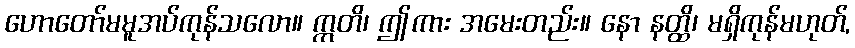
ဟောတော်မမူအပ်ကုန်သလော။ ဣတိ၊ ဤကား အမေးတည်း။ နော နတ္ထိ၊ မရှိကုန်မဟုတ်,